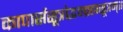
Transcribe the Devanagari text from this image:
कापार्ससूत्रोद्भवब्रह्मसूत्रम्॥